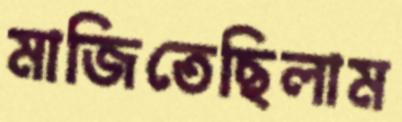
মাজিতেছিলাম